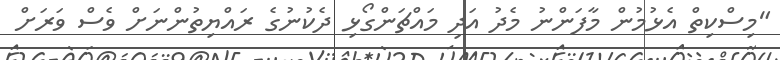
"މިސްކިތް އެޅުމުން މާފަންނު މެދު އަދި މައްޗަންގޯޅި ދެކުނުގެ ރައްޔިތުންނަށް ވެސް ވަރަށް